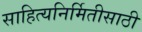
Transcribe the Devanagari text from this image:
साहित्यनिर्मितीसाठी